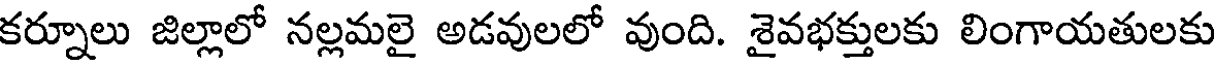
కర్నూలు జిల్లాలో నల్లమలై అడవులలో వుంది. శైవభక్తులకు లింగాయతులకు